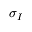
\sigma _ { I }